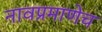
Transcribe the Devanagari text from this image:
नावप्रमाणेच